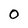
Character: 0